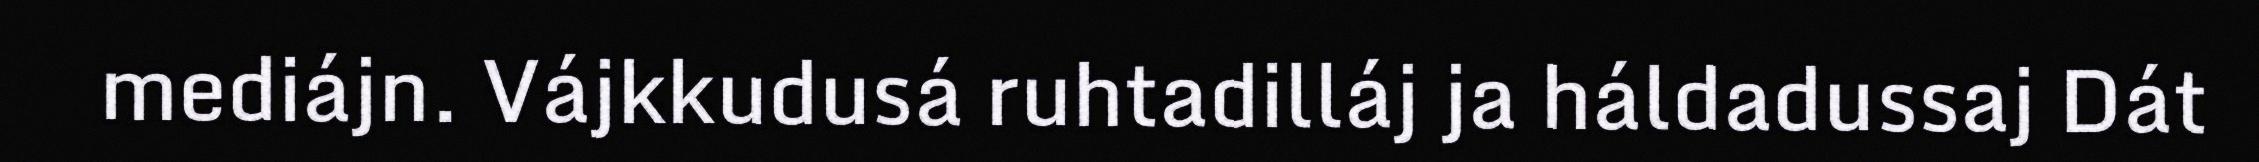
mediájn. Vájkkudusá ruhtadilláj ja háldadussaj Dát